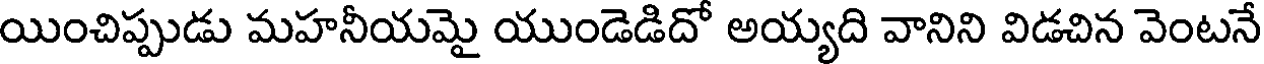
యించిప్పుడు మహనీయమై యుండెడిదో అయ్యది వానిని విడచిన వెంటనే